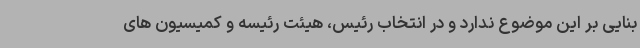
بنایی بر این موضوع ندارد و در انتخاب رئیس، هیئت رئیسه و کمیسیون های